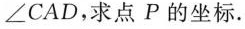
∠ C A D$$，求点 P 的坐标.